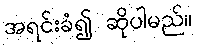
အရင်းခံ၍ ဆိုပါမည်။